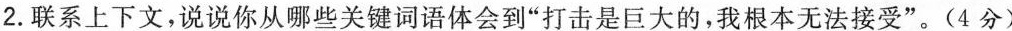
2.联系上下文，说说你从哪些关键词语体会到”打击是巨大的，我根本无法接受”。(4分)